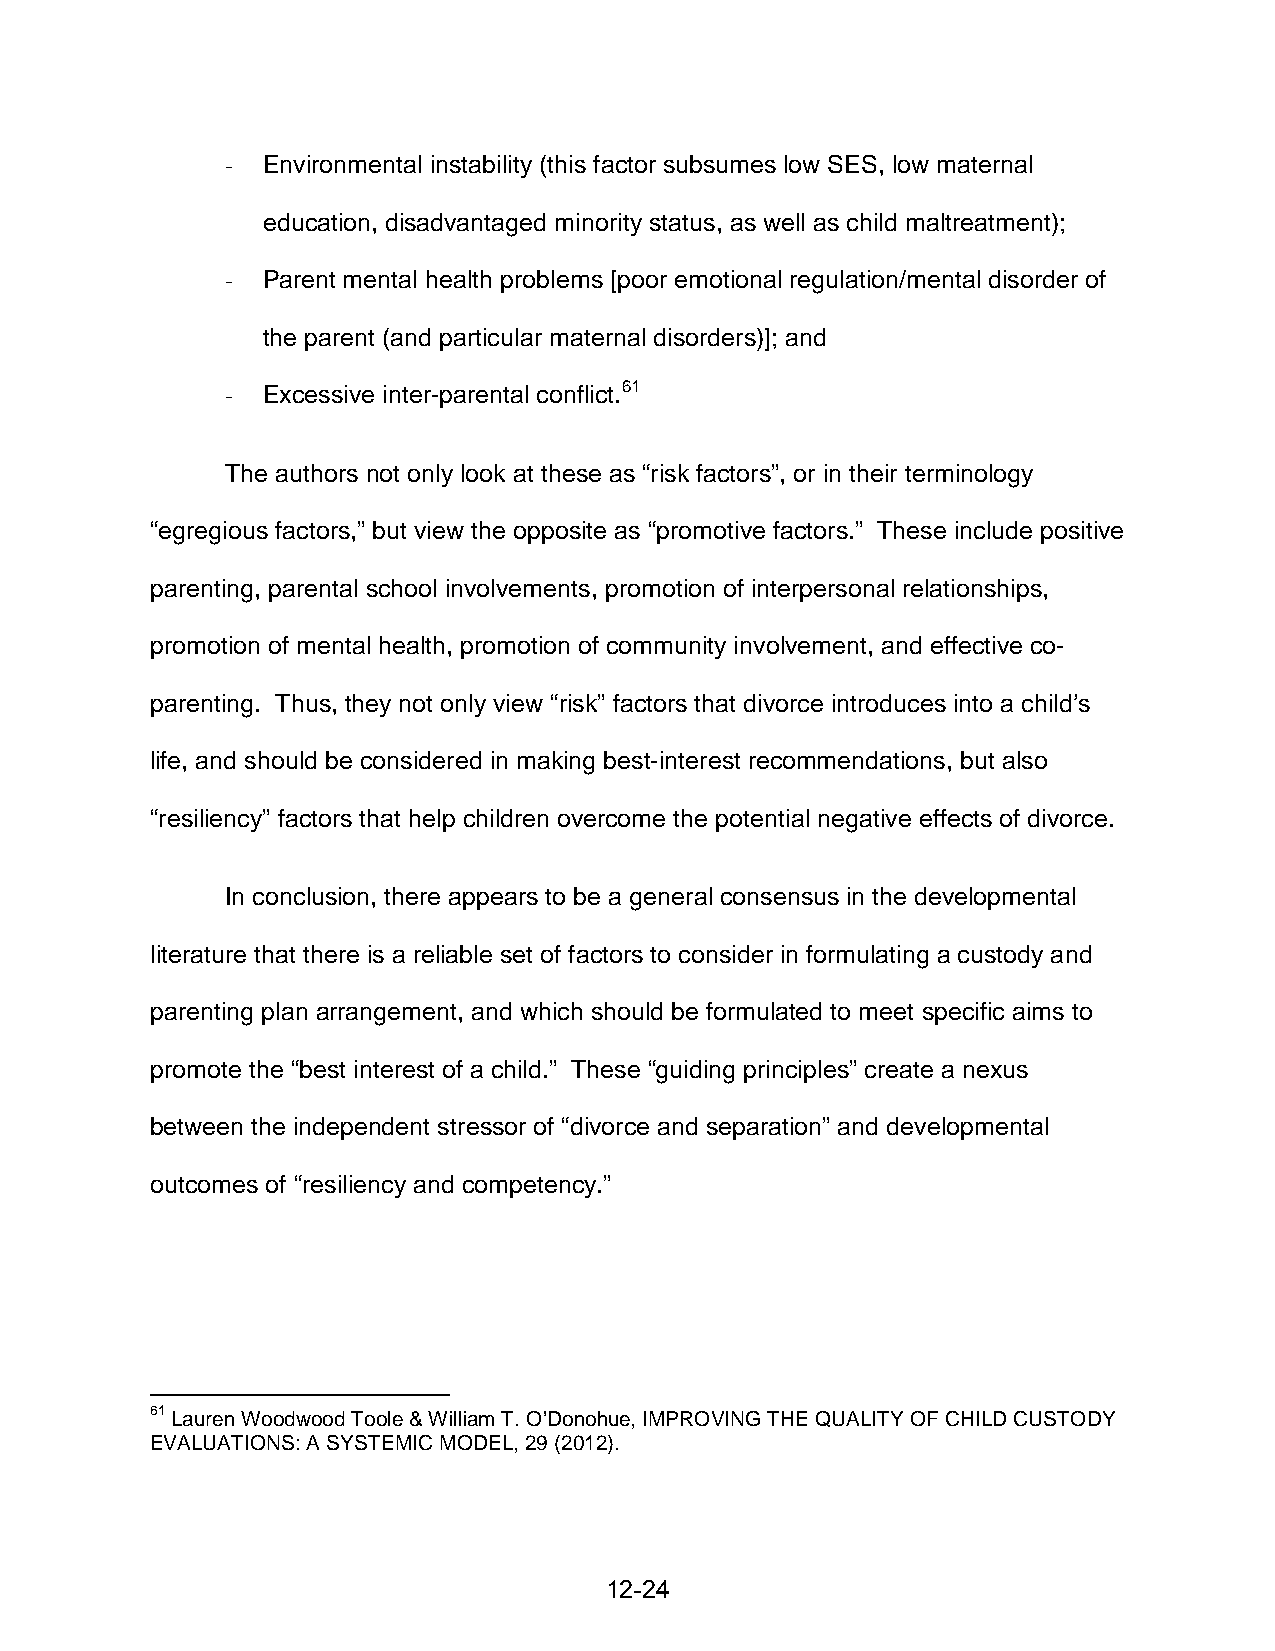
- Environmental instability (this factor subsumes low SES, low maternal
 education, disadvantaged minority status, as well as child maltreatment);
 - Parent mental health problems [poor emotional regulation/mental disorder of
 the parent (and particular maternal disorders)]; and
 - Excessive inter-parental conflict.61
 The authors not only look at these as “risk factors”, or in their terminology
 “egregious factors,” but view the opposite as “promotive factors.” These include positive
 parenting, parental school involvements, promotion of interpersonal relationships,
 promotion of mental health, promotion of community involvement, and effective co-
 parenting. Thus, they not only view “risk” factors that divorce introduces into a child’s
 life, and should be considered in making best-interest recommendations, but also
 “resiliency” factors that help children overcome the potential negative effects of divorce.
 In conclusion, there appears to be a general consensus in the developmental
 literature that there is a reliable set of factors to consider in formulating a custody and
 parenting plan arrangement, and which should be formulated to meet specific aims to
 promote the “best interest of a child.” These “guiding principles” create a nexus
 between the independent stressor of “divorce and separation” and developmental
 outcomes of “resiliency and competency.”
 61 Lauren Woodwood Toole & William T. O’Donohue, IMPROVING THE QUALITY OF CHILD CUSTODY
 EVALUATIONS: A SYSTEMIC MODEL, 29 (2012).
 12-24